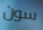
سون